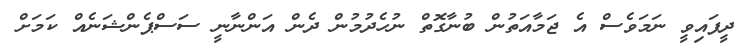
ދީފައިވީ ނަމަވެސް އެ ޖަމާއަތުން ބުނާގޮތް ނުހެދުމުން ދެން އަންނާނީ ސަސްޕެންޝަނެއް ކަމަށް